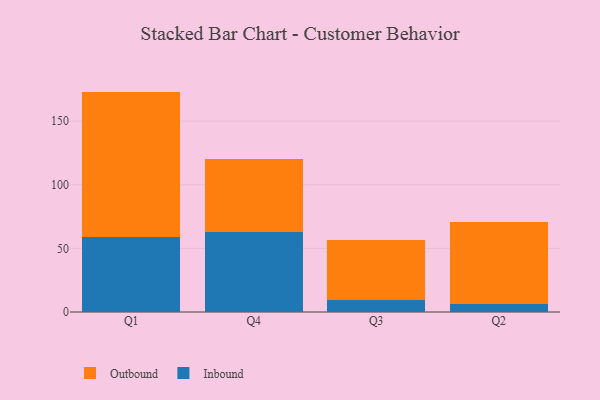
{"axis": {"x": "Quarter", "y": "Headcount"}, "legend": ["Inbound", "Outbound"], "data": [{"x": "Q1", "y": 59.3, "type": "Inbound"}, {"x": "Q1", "y": 113.9, "type": "Outbound"}, {"x": "Q4", "y": 63.2, "type": "Inbound"}, {"x": "Q4", "y": 57.1, "type": "Outbound"}, {"x": "Q3", "y": 9.6, "type": "Inbound"}, {"x": "Q3", "y": 47.2, "type": "Outbound"}, {"x": "Q2", "y": 6.6, "type": "Inbound"}, {"x": "Q2", "y": 64.4, "type": "Outbound"}]}